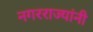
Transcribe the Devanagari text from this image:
नगरराज्यांनी